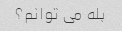
بله می توانم؟